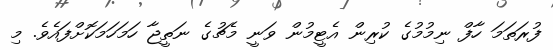
ފުރަތަމަ ހާފް ނިމުމުގެ ކުރިން އެޓީމުން ވަނީ މެޗުގެ ނަތީޖާ ހަމަހަމަކޮށްފައެވެ. މި